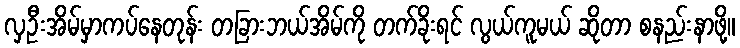
လှဦးအိမ်မှာကပ်နေတုန်း တခြားဘယ်အိမ်ကို တက်ခိုးရင် လွယ်ကူမယ် ဆိုတာ စနည်းနာဖို့။